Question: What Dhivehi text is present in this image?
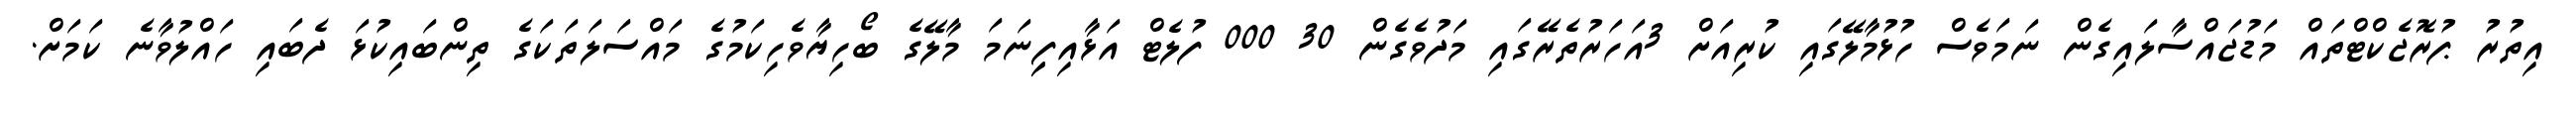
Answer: އިތުރު ޕުރޮޖެކްޓްތައް މަޑުޖައްސާލައިގެން ނަމަވެސް ހުޅުމާލޭގައި ކުރިއަށް 3އަހަރުތެރޭގައި މަދުވެގެން 30 000 ފުލެޓް އަޅާއިފިިނަމަ މާލޭގެ ބޯހިޔާވެހިކަމުގެ މައްސަލަތަކަގެ ތިންބައިކުޅަ ދެބައި ހައްލުވާނެ ކަމަށް.